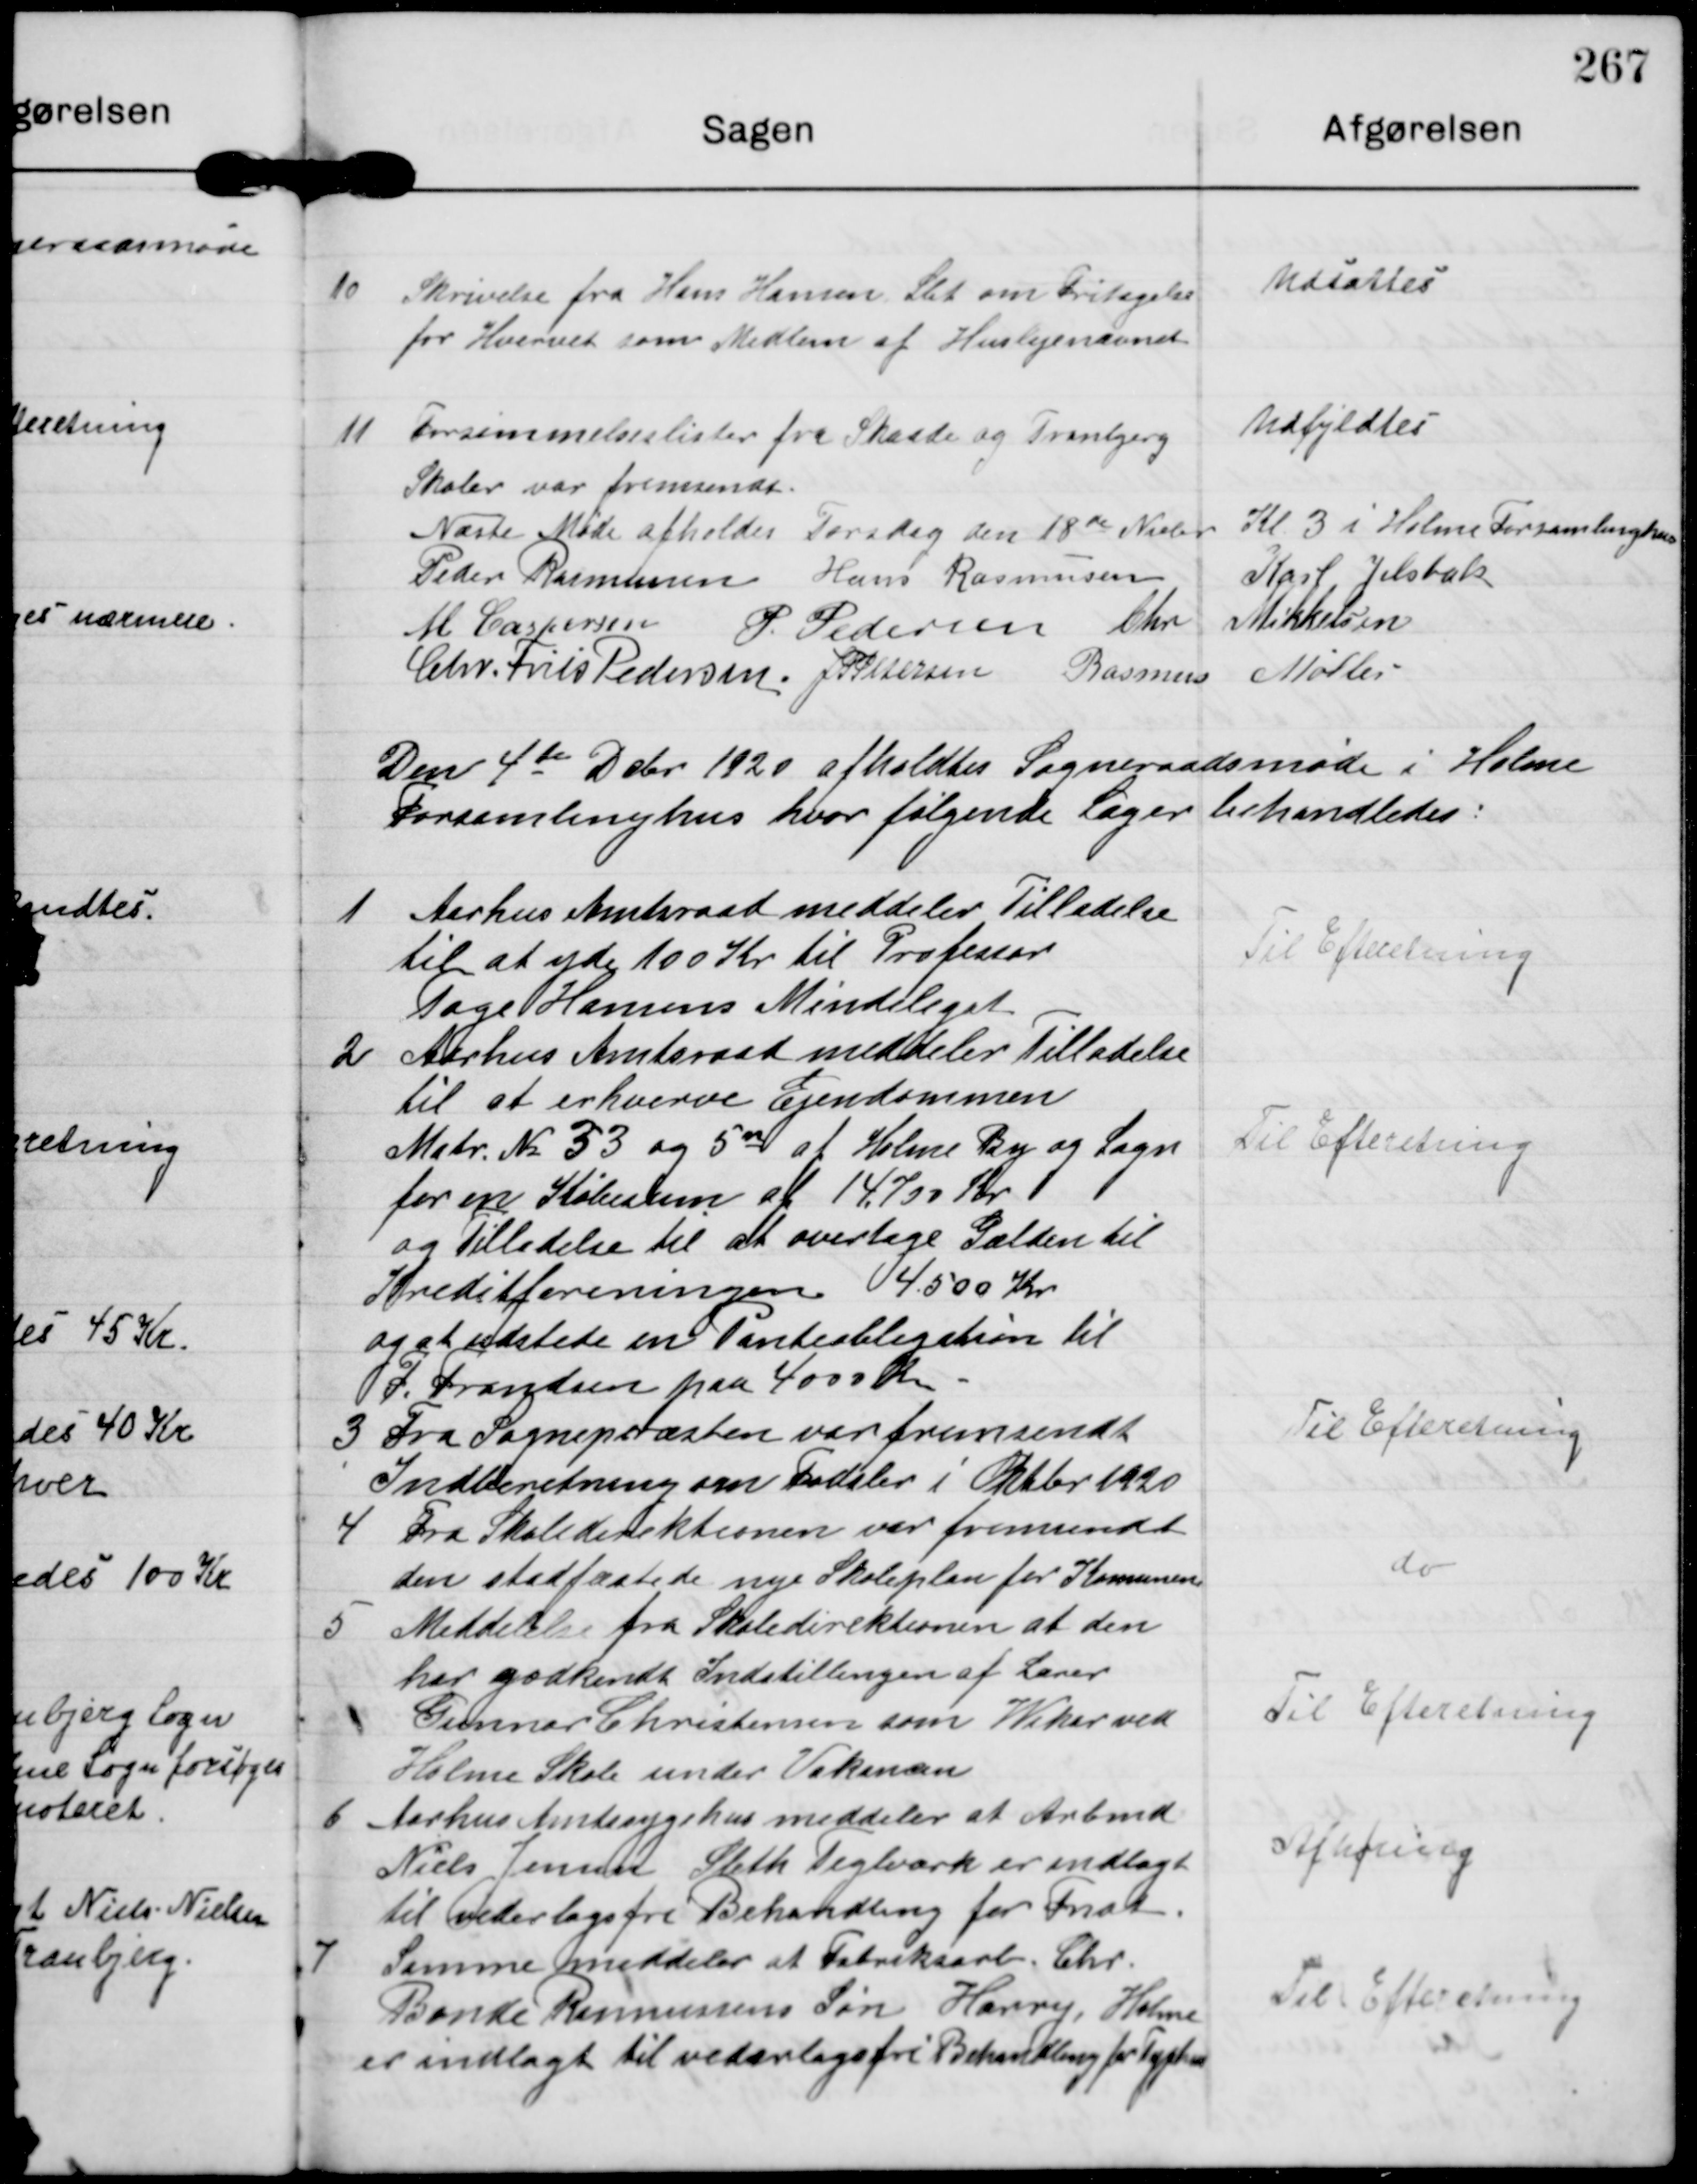
Transskription:
10

Skrivelse fra Hans Hansen Slet om Fritagelse
for Hvervet som Medlem af Huslejenævnet.

Udsattes

11

Forsømmelseslister fra Skaade og Tranbjerg
Skoler var fremsendt.

Udfyldtes.

Næste Møde afholdes Torsdag den 18de Novbr
Kl 3 i Holme Forsamlinghus

Peder Rasmussen Hans Rasmussen Karl Jelsbak
M. Caspersen P. Pedersen Chr Mikkelsen
Chr. Friis Pedersen J P Pedersen Rasmus Møller

Den 4de Debr 1920 afholdtes Sogneraadsmøde i Holme
Forsamlingshus hvor følgende Sager behandledes.

1

Aarhus Amtsraad meddeler Tilladelse
til at yde 100 Kr til Professor
Tage Hansens Mindelegat

Til Efteretning.

2

Aarhus Amtsraad meddeler tilladelse
til at erhverve Ejendommen
Matr N 33 og 5n af Holme By og Sogn
for en Købesum af 14700 Kr.
og tilladelse til at overtage Gælden til
Kreditforeningen 4500 Kr.
og at udstede en Panteobligation til
F. Frandsen paa 4000 Kr.

Til Efteretning

3

Fra Sognepræsten var fremsendt
Indberetning om Fødsler i Oktbr 1920

Til Efteretning

4

Fra Skoledirektionen var fremsendt
den stadfæstede nye Skoleplan for Komunen

do

5

Meddelelse fra Skoledirektionen at den
har godkendt Indstillingen af Lærer
Gunnar Christensen som Vikar ved
Holme Skole under Vakancen

Til Efteretning.

6

Aarhus Amtssygehus meddeler at Arbmd
Niels Jensen Sleth Teglvark er indlagt
til vederlagsfri Behandling for Fnat

Afhøring

7

Samme meddeler at Fabrikant Chr
Bonde Rasmussens Søn Harry, Holme
er indlagt til vederlagsfri Behandling for Typhus

Til Efteretning